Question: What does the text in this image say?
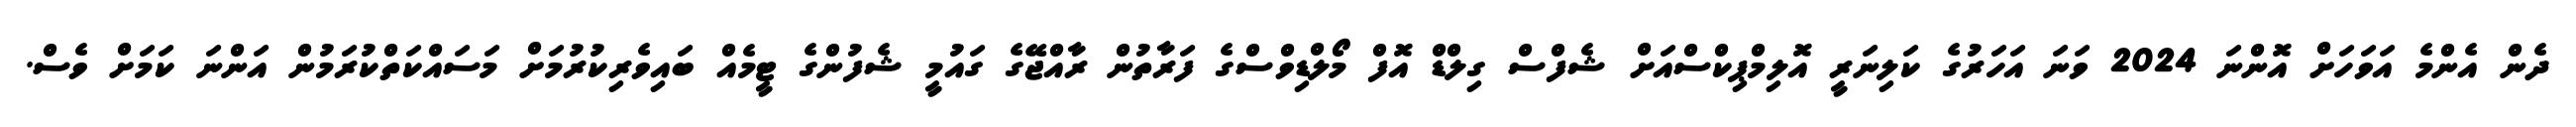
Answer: ދެން އެންމެ އަވަހަށް އޮންނަ 2024 ވަނަ އަހަރުގެ ކަލިނަރީ އޮލިމްޕިކްސްއަށް ޝެފްސް ގިލްޑް އޮފް މޯލްޑިވްސްގެ ފަރާތުން ރާއްޖޭގެ ގައުމީ ޝެފުންގެ ޓީމެއް ބައިވެރިކުރުމަށް މަސައްކަތްކުރަމުން އަންނަ ކަމަށް ވެސް.